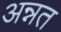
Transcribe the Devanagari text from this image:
अन्नत